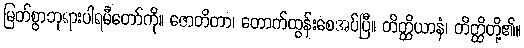
မြတ်စွာဘုရားပါရမီတော်ကို။ ဇောတိတာ၊ တောက်ထွန်းစေအပ်ပြီ။ တိတ္ထိယာနံ၊ တိတ္ထိတို့၏။